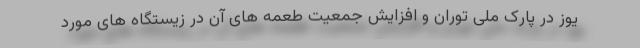
یوز در پارک ملی توران و افزایش جمعیت طعمه های آن در زیستگاه های مورد